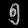
Digit: ၅